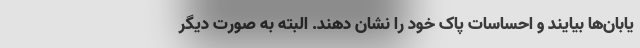
یابان‌ها بیایند و احساسات پاک خود را نشان دهند. البته به صورت دیگر